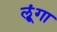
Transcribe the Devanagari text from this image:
लूूंगा